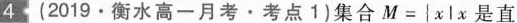
4 (2019 · 衡水高一月考·考点1)集合 $$M = {x l x 是 直